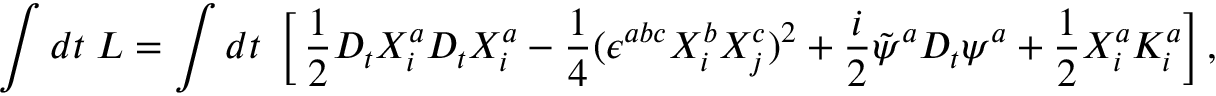
\int d t \; { \cal L } = \int d t \; \left[ \, \frac { 1 } { 2 } D _ { t } X _ { i } ^ { a } D _ { t } X _ { i } ^ { a } - \frac { 1 } { 4 } ( \epsilon ^ { a b c } X _ { i } ^ { b } X _ { j } ^ { c } ) ^ { 2 } + \frac { i } { 2 } \tilde { \psi } ^ { a } D _ { t } \psi ^ { a } + \frac { 1 } { 2 } X _ { i } ^ { a } K _ { i } ^ { a } \right] ,